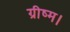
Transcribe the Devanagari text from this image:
ग्रीष्म।